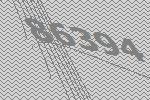
86394